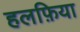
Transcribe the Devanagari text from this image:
हलफ़िया